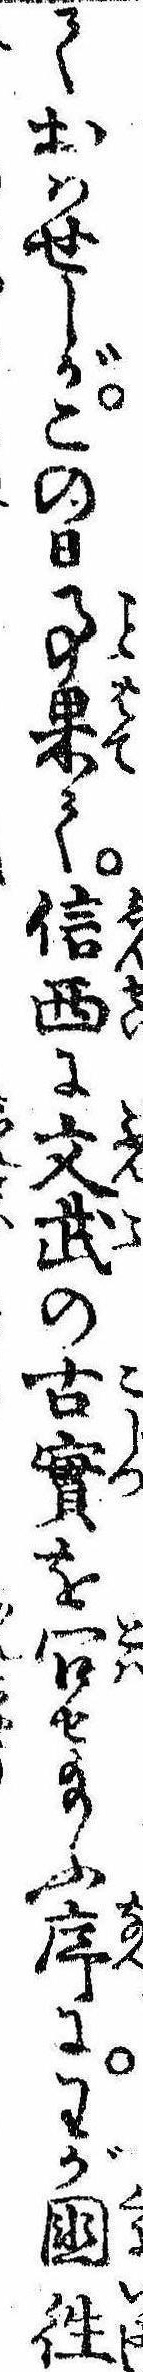
ておはせしがこの日事果て信西に文武の古実を問せ給ふ序にわが国往